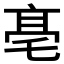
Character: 𠅢